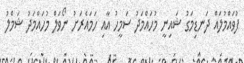
ފުވައްމުލައް ދަނޑިމަގު ޝައިނީ މުހައްމަދު ސަމީހު އާއި ހަމައެރަށު ނޯވަލް މުހައްމަދު ޝަމްލު